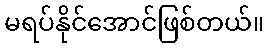
မရပ်နိုင်အောင်ဖြစ်တယ်။